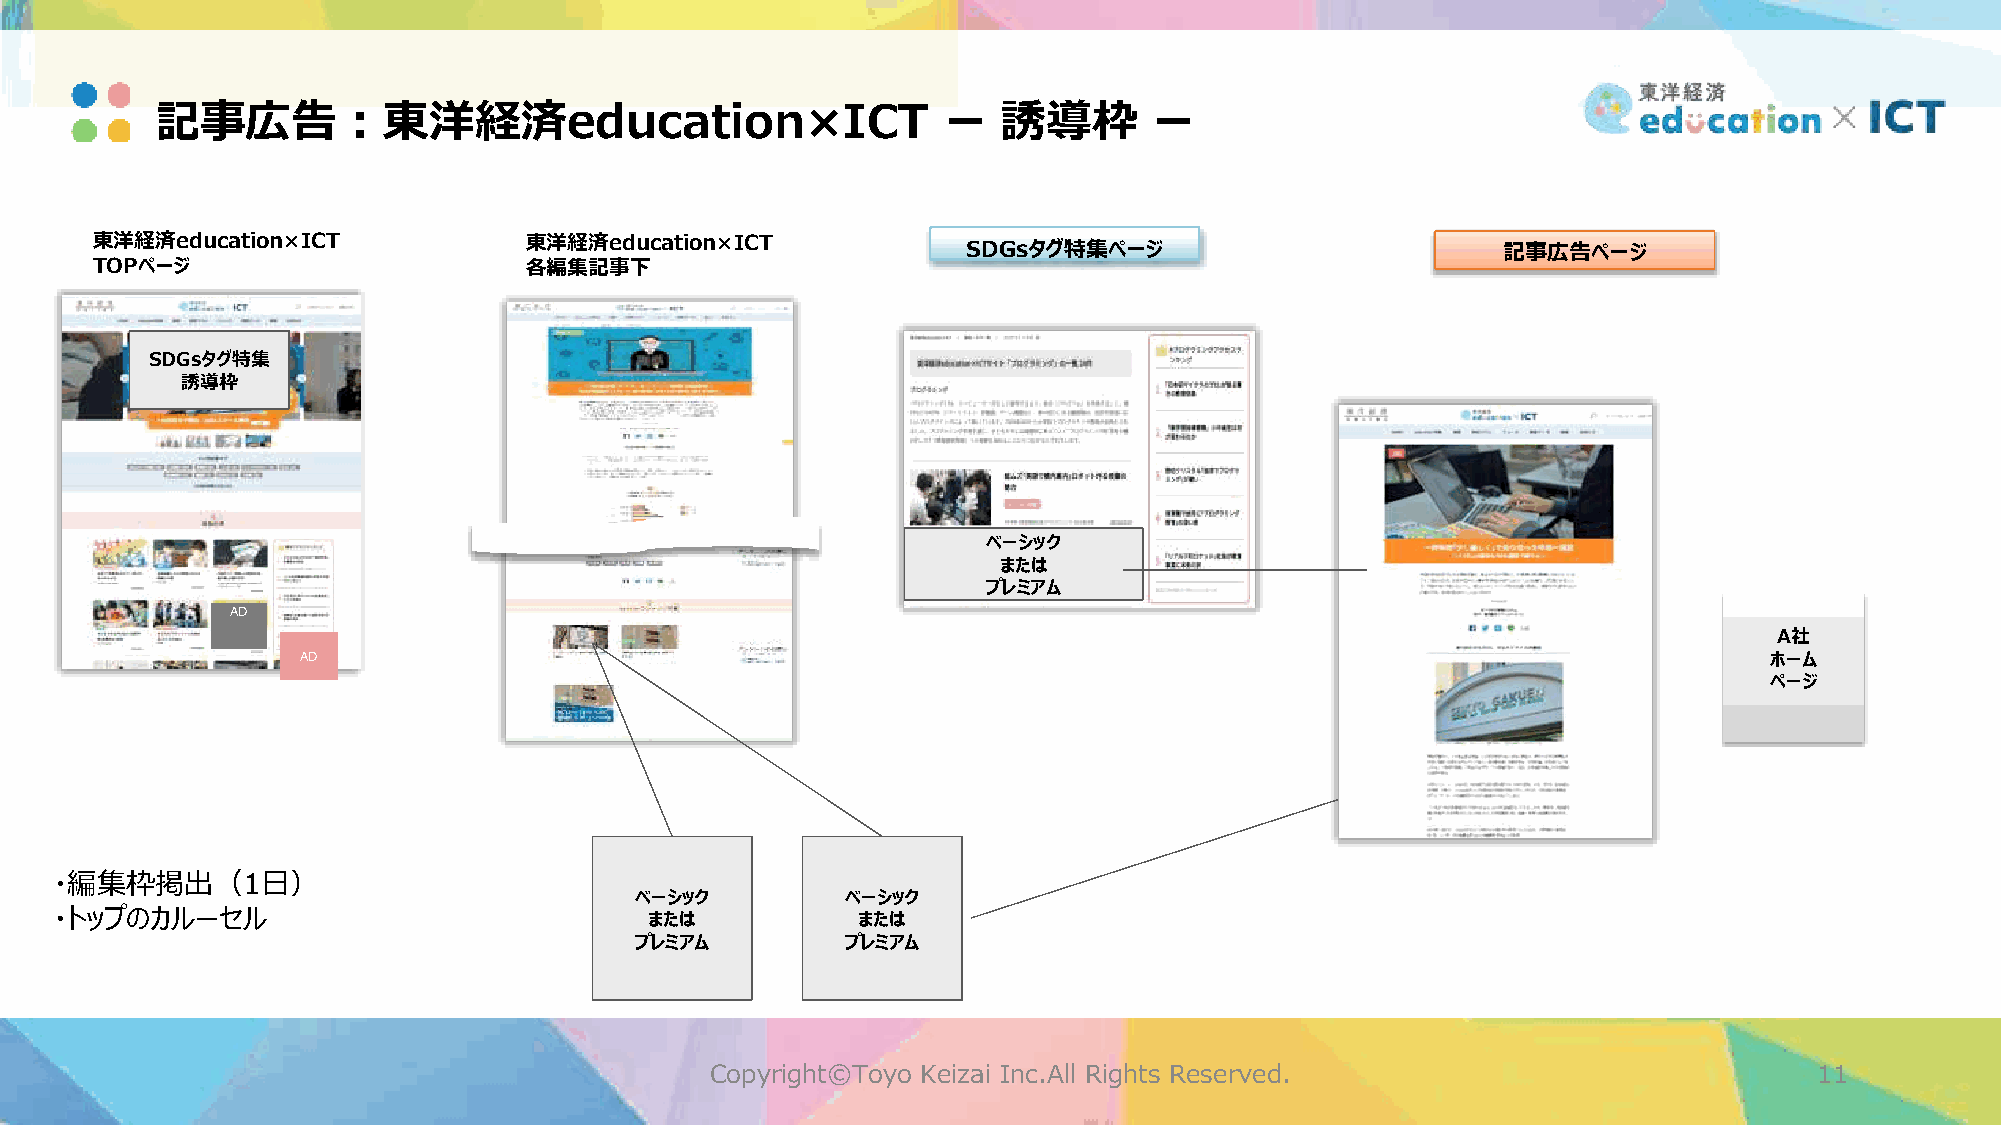
記事広告：東洋経済education×ICT                               ー  誘導枠       ー
 東洋経済education×ICT            東洋経済education×ICT            SDGsタグ特集ページ                        記事広告ページ
 TOPページ                       各編集記事下
 SDGsタグ特集
 誘導枠
 ベーシック
 または
 プレミアム
 AD
 A社
 AD                                                                                               ホーム
 ページ
 ・編集枠掲出（1日）
 ベーシック         ベーシック
 ・トップのカルーセル                              または           または
 プレミアム         プレミアム
 Copyright©Toyo Keizai Inc.All Rights Reserved.                           11